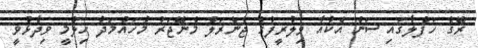
ރޭގެ ހަފްލާގައި ސަން އެކުއާ ވިލުރީފުގެ ޖެނެރަލް މެނޭޖަރު މުހައްމަދު ހިލްމީ ވިދާޅުވީ